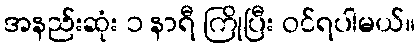
အနည်းဆုံး ၁ နာရီ ကြိုပြီး ဝင်ရပါမယ်။